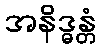
အနိဒ္ဓန္တံ